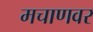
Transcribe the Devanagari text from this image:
मचाणवर